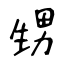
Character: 甥